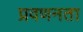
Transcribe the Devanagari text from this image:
प्रवणनता